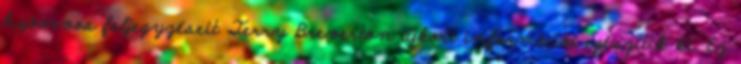
hajóorvos feljegyzéseit Terry Breverton újkori információi egészítik ki. Ez